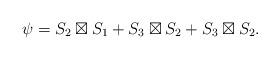
LaTeX: \begin{align*}\psi = S_2 \boxtimes S_1 + S_3\boxtimes S_2 + S_3 \boxtimes S_2.\end{align*}